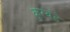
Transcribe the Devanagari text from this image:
कुरवंडे